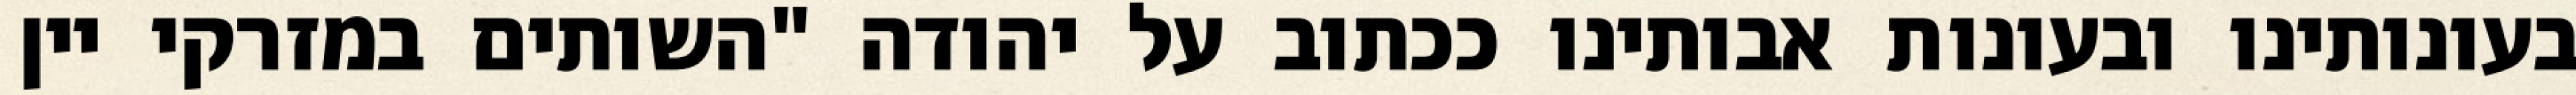
בעונותינו ובעונות אבותינו ככתוב על יהודה "השותים במזרקי יין